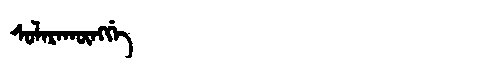
Manchu: ᠰᠣᠯᠠᡵᠠᡴᡡᠩᡤᡝ
Romanization: SOLARAKŪNGGE